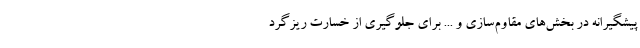
پیشگیرانه در بخش‌های مقاوم‌سازی و ... برای جلوگیری از خسارت ریزگرد